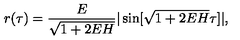
r ( \tau ) = \frac { E } { \sqrt { 1 + 2 E H } } | \sin [ \sqrt { 1 + 2 E H } \tau ] | ,